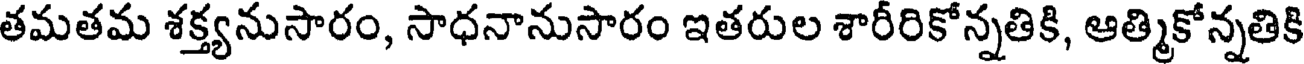
తమతమ శక్త్యనుసారం, సాధనానుసారం ఇతరుల శారీరికోన్నతికి, ఆత్మికోన్నతికి